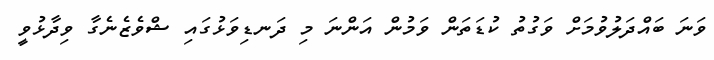
ވަނަ ބައްދަލުވުމަށް ވަގުތު ކުޑަތަން ވަމުން އަންނަ މި ދަނޑިވަޅުގައި ޝްވެޒެނެގާ ވިދާޅުވީ